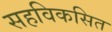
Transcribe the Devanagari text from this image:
सहविकसित